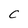
Character: C